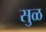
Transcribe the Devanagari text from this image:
सुळ